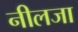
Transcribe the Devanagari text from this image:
नीलजा